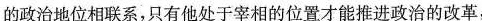
的政治地位相联系，只有他处于宰相的位置才能推进政治的改革，